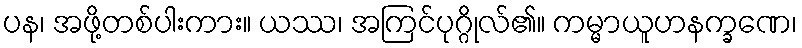
ပန၊ အဖို့တစ်ပါးကား။ ယဿ၊ အကြင်ပုဂ္ဂိုလ်၏။ ကမ္မာယူဟနက္ခဏေ၊